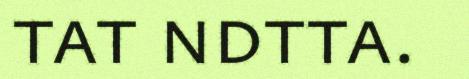
tat ndtta.